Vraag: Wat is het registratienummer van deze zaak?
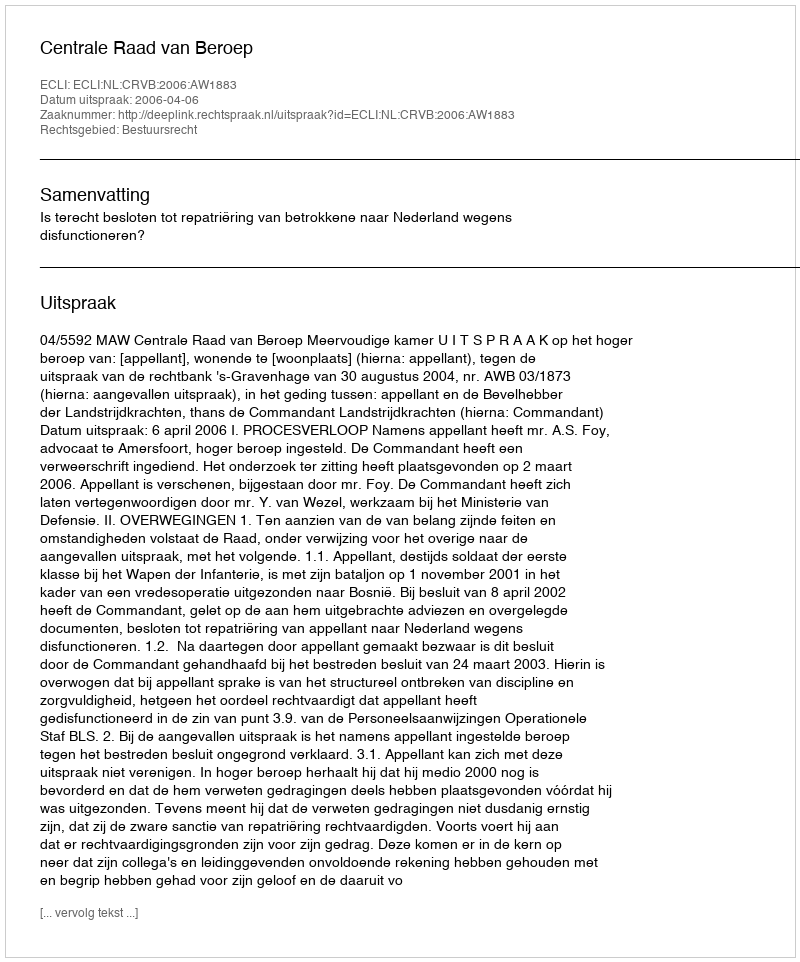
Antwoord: http://deeplink.rechtspraak.nl/uitspraak?id=ECLI:NL:CRVB:2006:AW1883